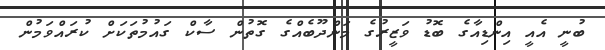
ބުނީ އެއީ އިންޑިއާގެ ބޮޑު ވަޒީރުގެ މަންދޫބެއްގެ ގޮތުން ސާކް ގައުމުތަކަށް ކުރައްވަމުން